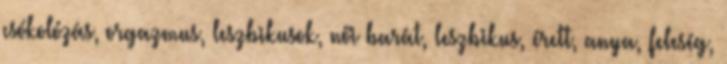
csókolózás, orgazmus, leszbikusok, női barát, leszbikus, érett, anya, feleség,